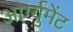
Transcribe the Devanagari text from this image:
आर्ग्युमेंट